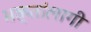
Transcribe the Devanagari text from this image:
भक्तांलागी